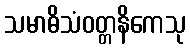
သမာဓိသံဝတ္တနိကေသု